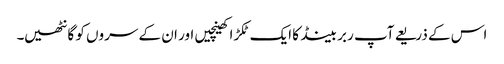
اس کے ذریعے آپ ربر بینڈ کا ایک ٹکڑا کھینچیں اور ان کے سروں کو گانٹھیں۔